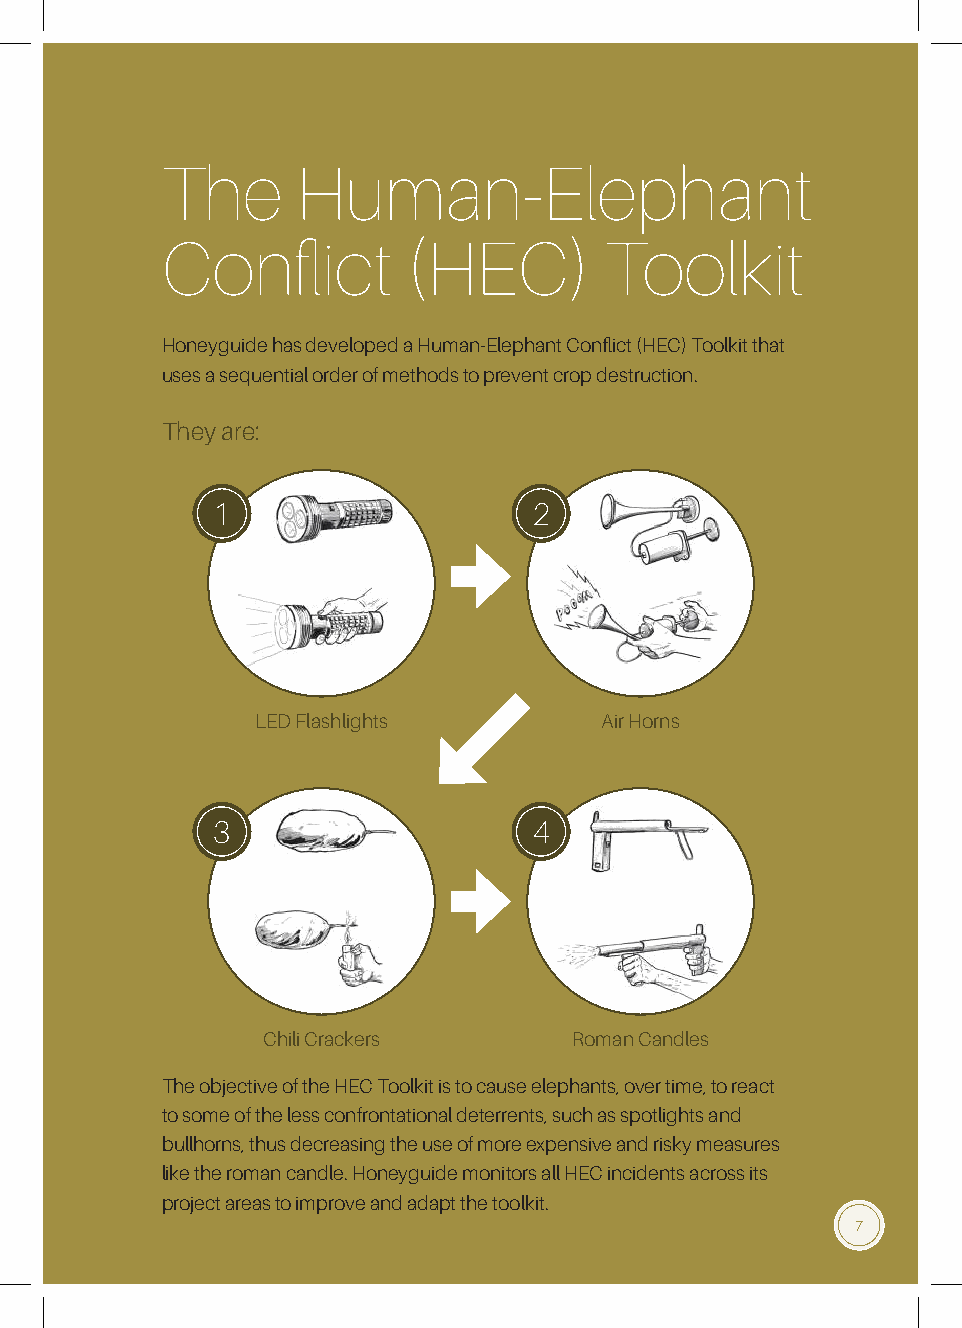
The      Human-Elephant
 Conflict        (HEC)        Toolkit
 Honeyguide has developed a Human-Elephant Conflict (HEC) Toolkit that
 uses a sequential order of methods to prevent crop destruction.
 They are:
 1                    2
 LED Flashlights        Air Horns
 3                    4
 Chili Crackers       Roman Candles
 The objective of the HEC Toolkit is to cause elephants, over time, to react
 to some of the less confrontational deterrents, such as spotlights and
 bullhorns, thus decreasing the use of more expensive and risky measures
 like the roman candle. Honeyguide monitors all HEC incidents across its
 project areas to improve and adapt the toolkit.
 7